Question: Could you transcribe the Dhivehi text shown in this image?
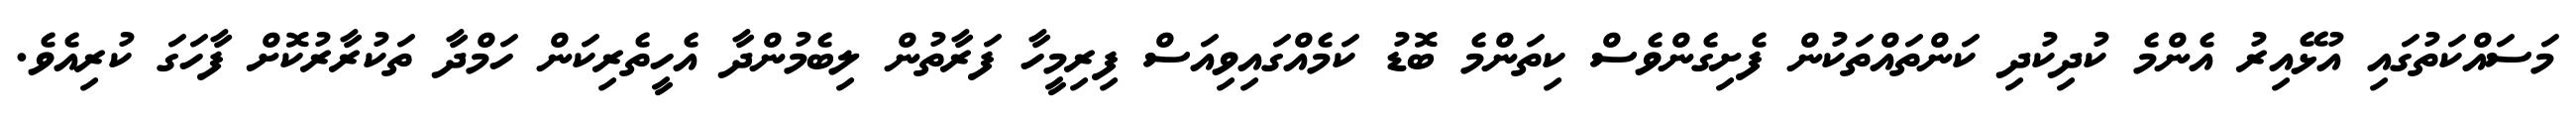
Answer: މަސައްކަތުގައި އުޅޭއިރު އެންމެ ކުދިކުދި ކަންތައްތަކުން ފެށިގެންވެސް ކިތަންމެ ބޮޑު ކަމެއްގައިވިއަސް ފިރިމީހާ ފަރާތުން ލިބެމުންދާ އެހީތެރިކަން ހަމްދާ ތަކުރާރުކޮށް ފާހަގަ ކުރިއެވެ.